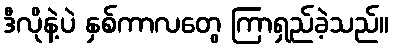
ဒီလိုနဲ့ပဲ နှစ်ကာလတွေ ကြာရှည်ခဲ့သည်။